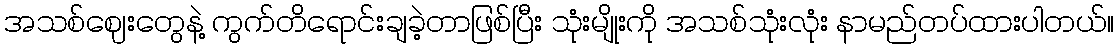
အသစ်ဈေးတွေနဲ့ ကွက်တိရောင်းချခဲ့တာဖြစ်ပြီး သုံးမျိုးကို အသစ်သုံးလုံး နာမည်တပ်ထားပါတယ်။